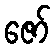
ဇော်